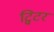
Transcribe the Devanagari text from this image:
ट्विटर